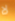
لا